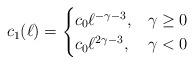
LaTeX: \begin{align*}c_1(\ell)= \begin{cases} c_0\ell^{-\gamma-3}, & \gamma\ge 0\\c_0\ell^{2\gamma-3}, & \gamma<0 \end{cases}\end{align*}